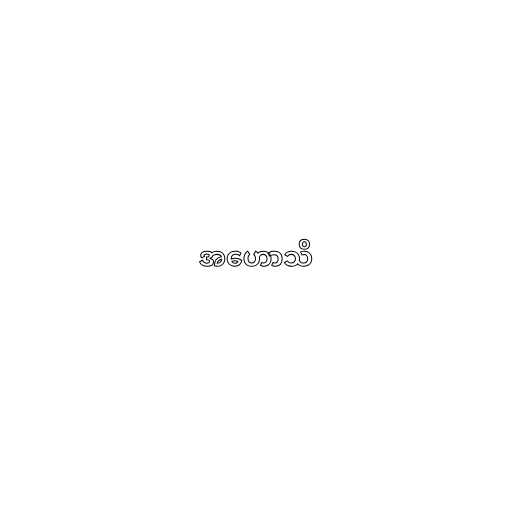
အဟောသိ